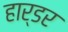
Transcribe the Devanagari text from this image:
हार्डर